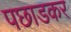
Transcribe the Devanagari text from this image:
पछाडकर